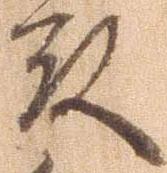
殿